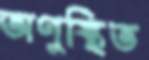
অণুস্থিত